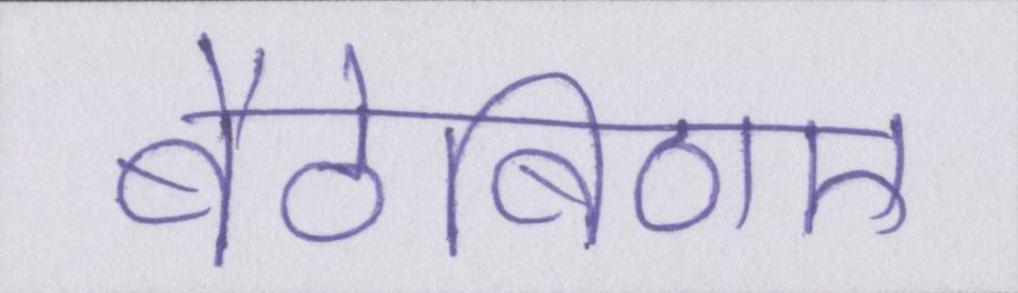
बैठेबिठाए